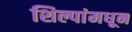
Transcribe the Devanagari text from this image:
शिल्पांमधून